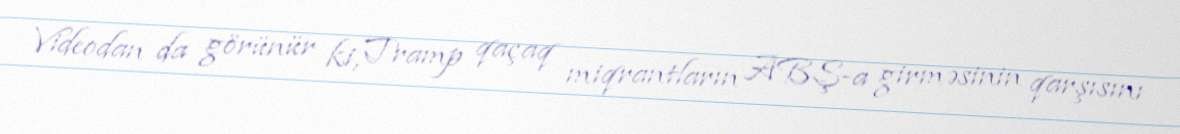
Videodan da görünür ki, Tramp qaçaq miqrantların ABŞ-a girməsinin qarşısını